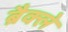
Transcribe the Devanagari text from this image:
ब्रैक्ले